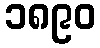
၁၈၉၀